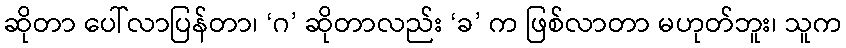
ဆိုတာ ပေါ်လာပြန်တာ၊ ‘ဂ’ ဆိုတာလည်း ‘ခ’ က ဖြစ်လာတာ မဟုတ်ဘူး၊ သူက